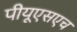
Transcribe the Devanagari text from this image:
पीयूएसएच